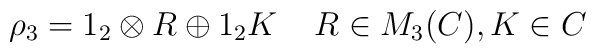
\rho_3=1_2\otimes R \oplus  1_2K\;\;\;\;R\in M_3(C),K \in C